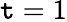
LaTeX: \mathtt{t}=1